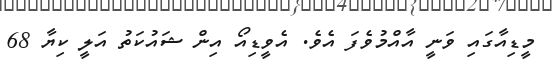
މީޑިއާގައި ވަނީ އާއްމުވެފަ އެވެ. އެވީޑިއޯ އިން ޝައުކަތު އަލީ ކިޔާ 68